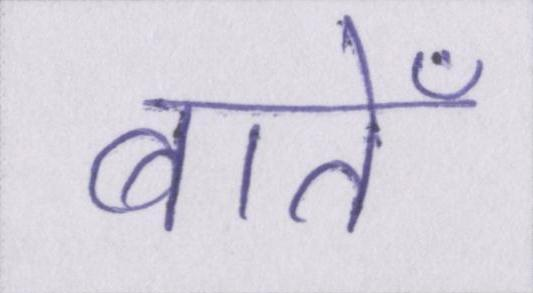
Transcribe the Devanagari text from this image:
बातेँ